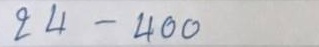
24 - 400